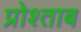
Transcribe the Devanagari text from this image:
प्रोश्ताब